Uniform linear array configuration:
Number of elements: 32
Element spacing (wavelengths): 0.75
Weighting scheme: blackman
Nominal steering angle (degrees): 45
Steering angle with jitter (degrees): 46.479
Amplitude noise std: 0.05
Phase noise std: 0.05

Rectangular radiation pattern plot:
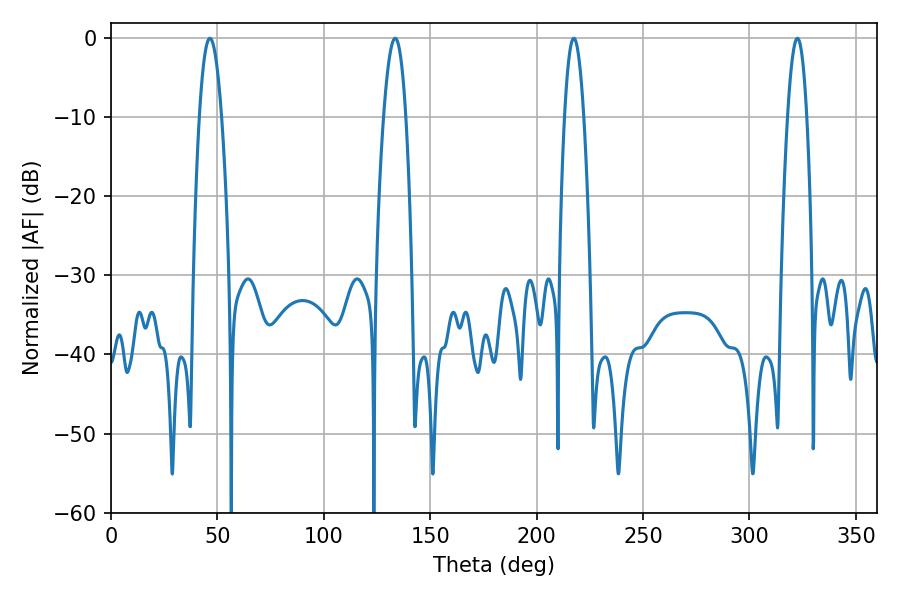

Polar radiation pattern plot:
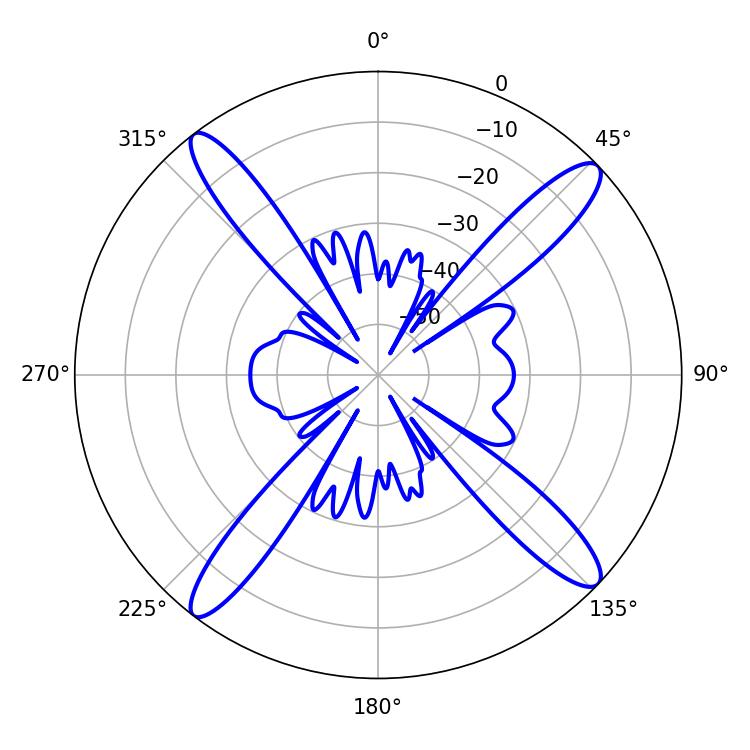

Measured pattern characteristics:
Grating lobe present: TRUE
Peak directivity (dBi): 16.656
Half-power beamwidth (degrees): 5.58
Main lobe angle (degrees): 46.44